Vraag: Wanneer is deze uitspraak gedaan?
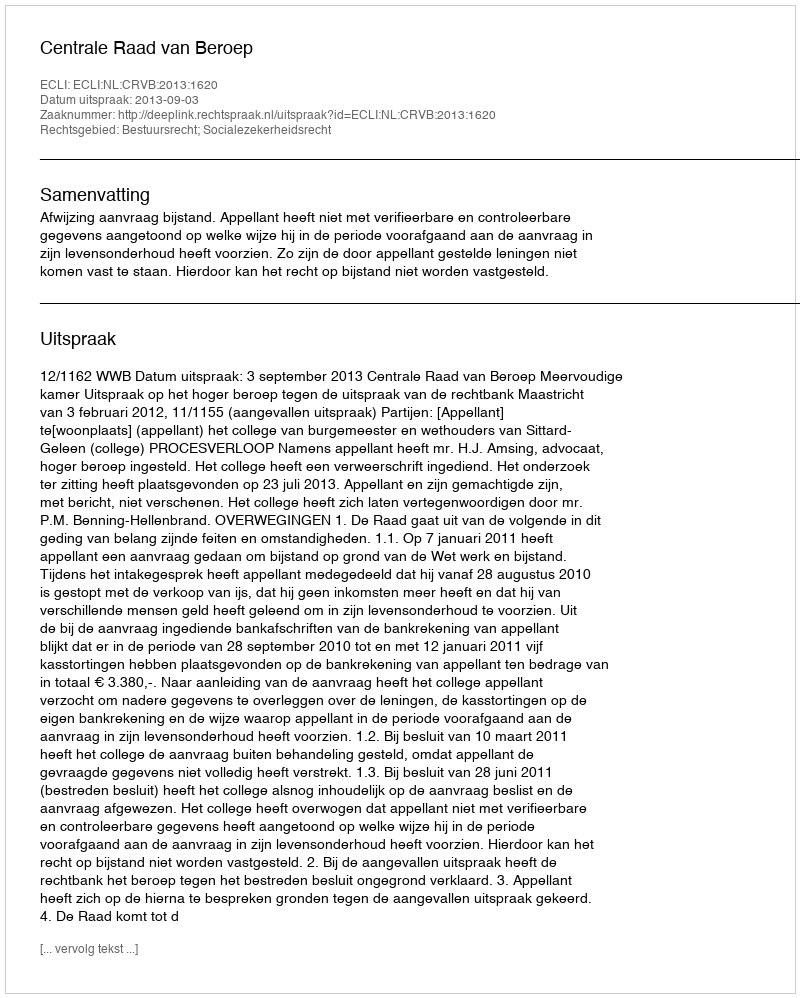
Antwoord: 2013-09-03